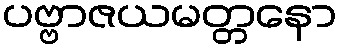
ပဗ္ဗာဇယမတ္တနော